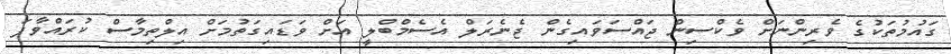
ގައުމުތަކުގެ ވެރިންނަށް ވެކްސިން ޖައްސަވައިގެން ޖެނެރަލް އެސެމްބްލީ އަށް ވަޑައިގަތުމަށް އިލްތިމާސް ކުރައްވާފަ